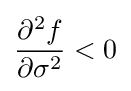
{\frac {\partial ^{2}f}{\partial \sigma ^{2}}}<0